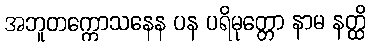
အဘူတက္ကောသနေန ပန ပရိမုတ္တော နာမ နတ္ထိ